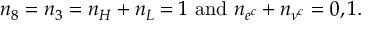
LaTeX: n _ { 8 } = n _ { 3 } = n _ { H } + n _ { L } = 1 { \mathrm { ~ a n d ~ } } n _ { e ^ { c } } + n _ { \nu ^ { c } } = 0 , 1 .